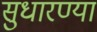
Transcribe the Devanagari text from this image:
सुधारण्या